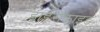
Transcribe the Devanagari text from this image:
डाईसेक्राइड